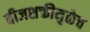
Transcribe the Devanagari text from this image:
बीजशक्तीमुळेच